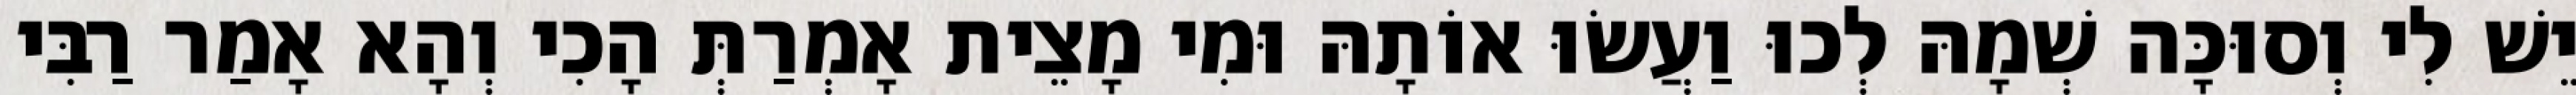
יֵשׁ לִי וְסוּכָּה שְׁמָהּ לְכוּ וַעֲשׂוּ אוֹתָהּ וּמִי מָצֵית אָמְרַתְּ הָכִי וְהָא אָמַר רַבִּי